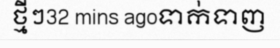
ថ្មីៗ32 mins agoទាក់ទាញ